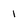
Character: 1